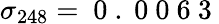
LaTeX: \sigma_{248}=\mathrm{~0~.~0~0~6~3~}